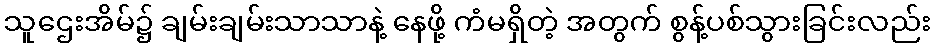
သူဌေးအိမ်၌ ချမ်းချမ်းသာသာနဲ့ နေဖို့ ကံမရှိတဲ့ အတွက် စွန့်ပစ်သွားခြင်းလည်း